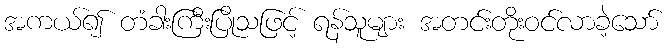
အကယ်၍ တံခါးကြီးပြိုသဖြင့် ရန်သူများ အတင်းတိုးဝင်လာခဲ့သော်